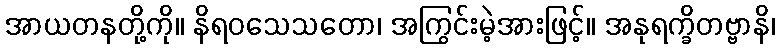
အာယတနတို့ကို။ နိရဝသေသတော၊ အကြွင်းမဲ့အားဖြင့်။ အနုရက္ခိတဗ္ဗာနိ၊